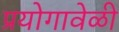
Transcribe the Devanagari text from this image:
प्रयोगावेळी